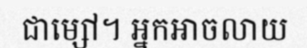
ជាម្សៅ។ អ្នកអាចលាយ